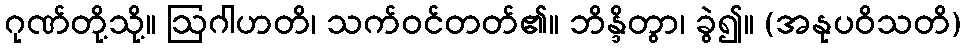
ဂုဏ်တို့သို့။ ဩဂါဟတိ၊ သက်ဝင်တတ်၏။ ဘိန္ဒိတွာ၊ ခွဲ၍။ (အနုပဝိသတိ)